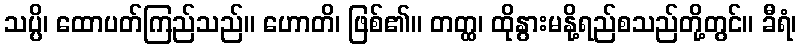
သပ္ပိ၊ ထောပတ်ကြည်သည်။ ဟောတိ၊ ဖြစ်၏။ တတ္ထ၊ ထိုနွားမနို့ရည်စသည်တို့တွင်။ ခီရံ၊